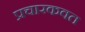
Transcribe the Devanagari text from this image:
प्रचारकवत